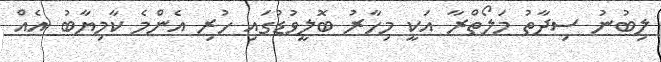
ލިބުނު ސިދާތު މަލޯތްރާ އަކީ މިހާރު ބޮލީވުޑުގައި ހުރި އެންމެ ކާމިޔާބު އެއް